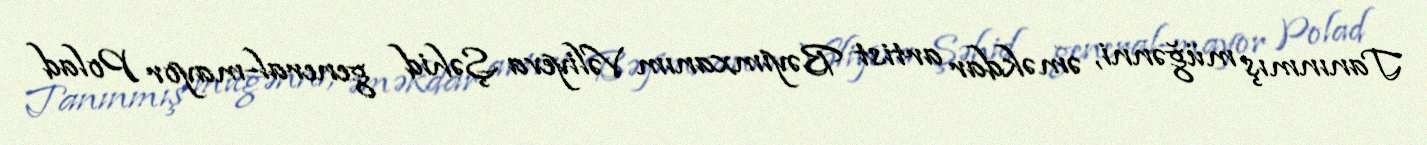
Tanınmış müğənni, əməkdar artist Bəyimxanım Vəliyeva Şəhid general-mayor Polad